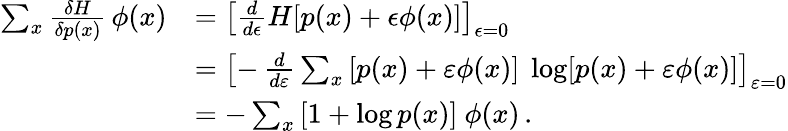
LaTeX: {\begin{array}{rl}{\sum_{x}{\frac{\delta H}{\delta p(x)}}\, \phi(x)}&{=\left[{\frac{d}{d\epsilon}}H[p(x)+\epsilon\phi(x)]\right]_{\epsilon=0}}\\ &{=\left[-\, {\frac{d}{d\varepsilon}}\sum_{x}\, [p(x)+\varepsilon\phi(x)]\ \log[p(x)+\varepsilon\phi(x)]\right]_{\varepsilon=0}}\\ &{=-\sum_{x}\, [1+\log p(x)]\ \phi(x)\, .}\end{array}}